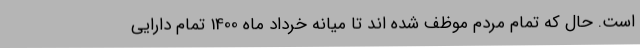
است. حال که تمام مردم موظف شده اند تا میانه خرداد ماه 1400 تمام دارایی